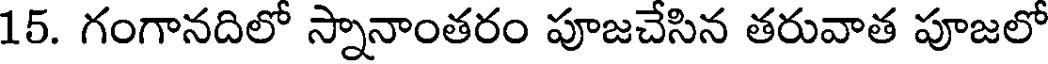
15. గంగానదిలో స్నానాంతరం పూజచేసిన తరువాత పూజలో